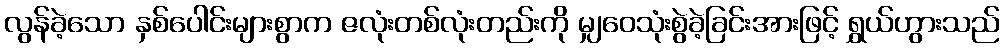
လွန်ခဲ့သော နှစ်ပေါင်းများစွာက ဇလုံးတစ်လုံးတည်းကို မျှဝေသုံးစွဲခဲ့ခြင်းအားဖြင့် ရွှယ်ဟွားသည်